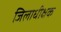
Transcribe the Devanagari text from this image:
जिलाधीक्षक